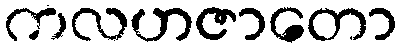
ကလဟဇာတော